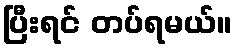
ပြီးရင် တပ်ရမယ်။